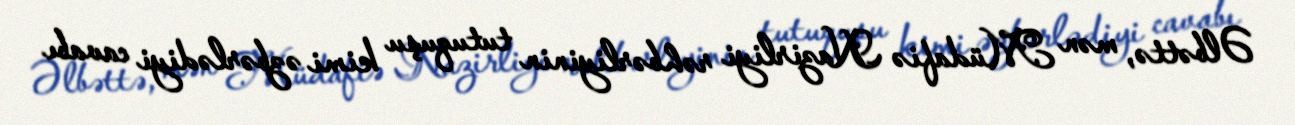
Əlbəttə, mən Müdafiə Nazirliyi rəhbərliyinin tutuquşu kimi əzbərlədiyi cavabı